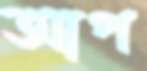
আপ